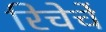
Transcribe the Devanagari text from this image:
रिचेर्चे